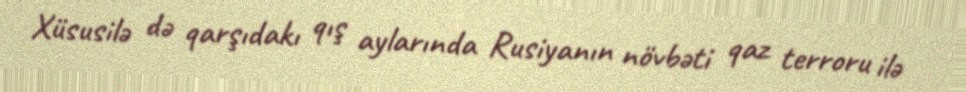
Xüsusilə də qarşıdakı qış aylarında Rusiyanın növbəti qaz terroru ilə